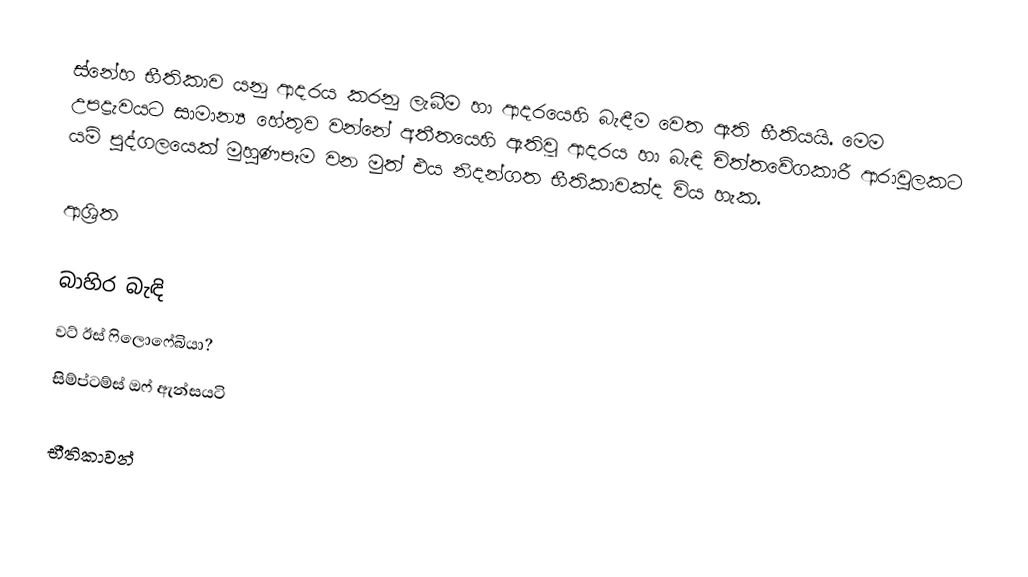
ස්නේහ භීතිකාව යනු ආදරය කරනු ලැබීම හා  ආදරයෙහි බැඳීම වෙත ඇති භීතියයි. මෙම උපද්‍රැවයට සාමාන්‍ය හේතුව වන්නේ අතීතයෙහි ඇතිවූ ආදරය හා බැඳි  චිත්තවේගකාරී ආරාවුලකට යම් පුද්ගලයෙක් මුහුණපෑම වන මුත් එය  නිදන්ගත භීතිකාවක්ද විය හැක.

ආශ්‍රිත

බාහිර බැඳි
 වට් ඊස් ෆිලොෆේබියා?
 සිම්ප්ටම්ස් ඔෆ්  ඇන්සයටි

භීතිකාවන්